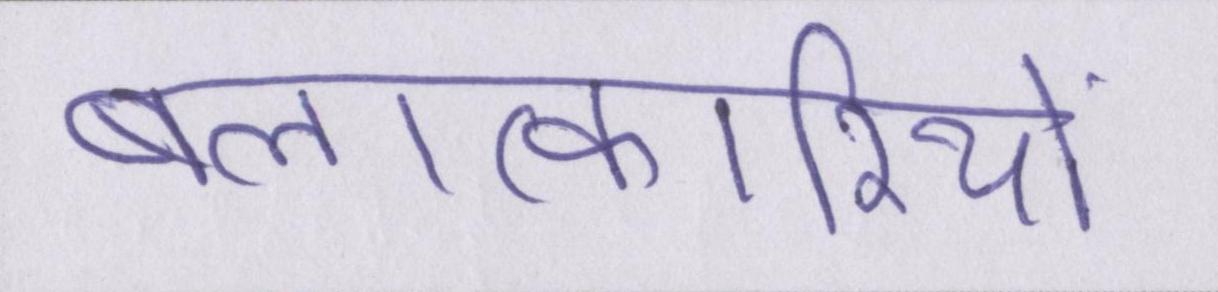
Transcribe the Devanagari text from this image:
बलात्कारियों